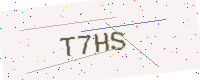
Text: T7HS